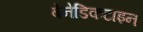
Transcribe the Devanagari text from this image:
बेनेडिकटाइन